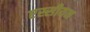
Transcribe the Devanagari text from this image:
एस्सीयन